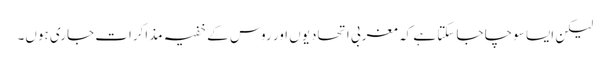
لیکن ایسا سوچا جا سکتا ہے کہ مغربی اتحادیوں اور روس کے خفیہ مذاکرات جاری ہوں۔